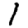
Digit: 1